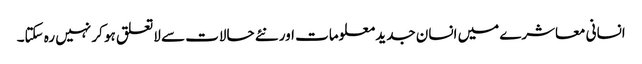
انسانی معاشرے میں انسان جدید معلومات اور نئے حالات سے لاتعلق ہو کر نہیں رہ سکتا۔